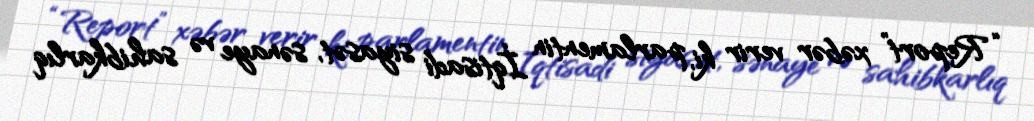
“Report” xəbər verir ki, parlamentin İqtisadi siyasət, sənaye və sahibkarlıq